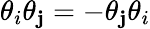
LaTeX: \theta_{i}\theta_{\mathbf{j}}=-\theta_{\mathbf{j}}\theta_{i}